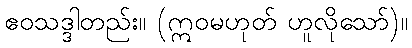
ဧဝသဒ္ဒါတည်း။ (ဣဝမဟုတ် ဟူလိုသော်)။